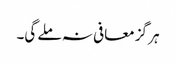
ہر گز معافی نہ ملے گی۔